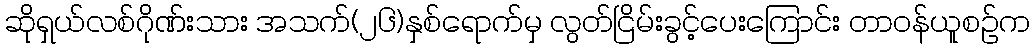
ဆိုရှယ်လစ်ဂိုဏ်းသား အသက်(၂၆)နှစ်ရောက်မှ လွတ်ငြိမ်းခွင့်ပေးကြောင်း တာဝန်ယူစဉ်က